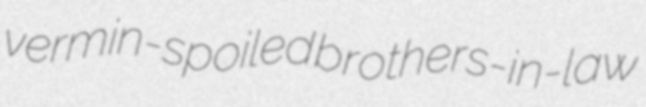
vermin-spoiled brothers-in-law